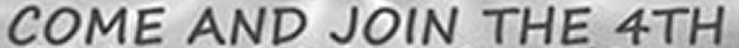
COME AND JOIN THE 4TH